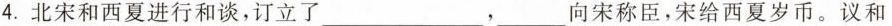
4. 北宋和西夏进行和谈，订立了___，___向宋称臣，宋给西夏岁币。议和